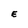
Character: E